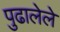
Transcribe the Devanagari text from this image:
पुढालेले